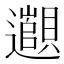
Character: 𬩫